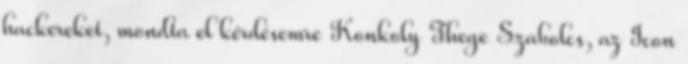
hackereket, mondta el kérdésemre Konkoly Thege Szabolcs, az Icon